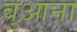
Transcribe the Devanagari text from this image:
बुआना